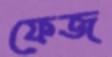
ফেজ